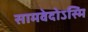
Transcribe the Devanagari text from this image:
सामवेदोऽस्मि